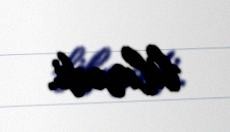
bilmədi.